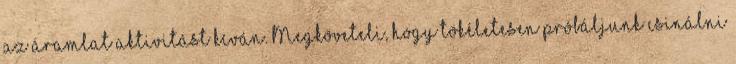
az áramlat aktivitást kíván. Megköveteli, hogy tökéletesen próbáljunk csinálni